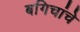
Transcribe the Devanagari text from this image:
बगिचांचे